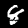
Digit: 8